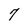
Character: 7